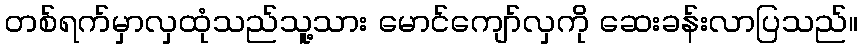
တစ်ရက်မှာလှထုံသည်သူ့သား မောင်ကျော်လှကို ဆေးခန်းလာပြသည်။